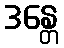
ဒန္တေ